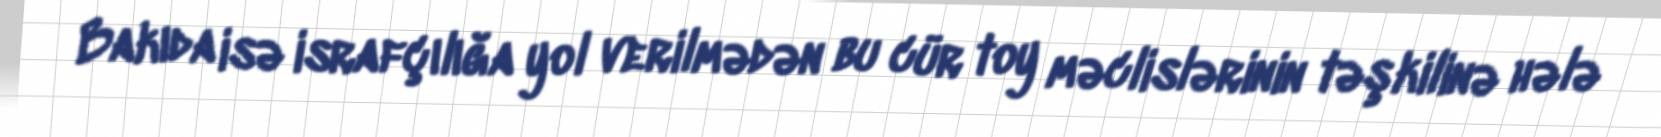
Bakıda isə israfçılığa yol verilmədən bu cür toy məclislərinin təşkilinə hələ